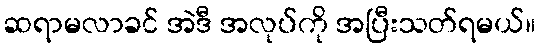
ဆရာမလာခင် အဲဒီ အလုပ်ကို အပြီးသတ်ရမယ်။